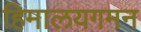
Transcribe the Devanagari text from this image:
हिमालयगमन